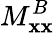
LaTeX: M_{\mathbf{x}\mathbf{x}}^{B}